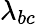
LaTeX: \lambda_{bc}